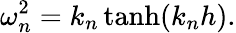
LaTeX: \omega_{n}^{2}=k_{n}\operatorname{tanh}(k_{n}h).